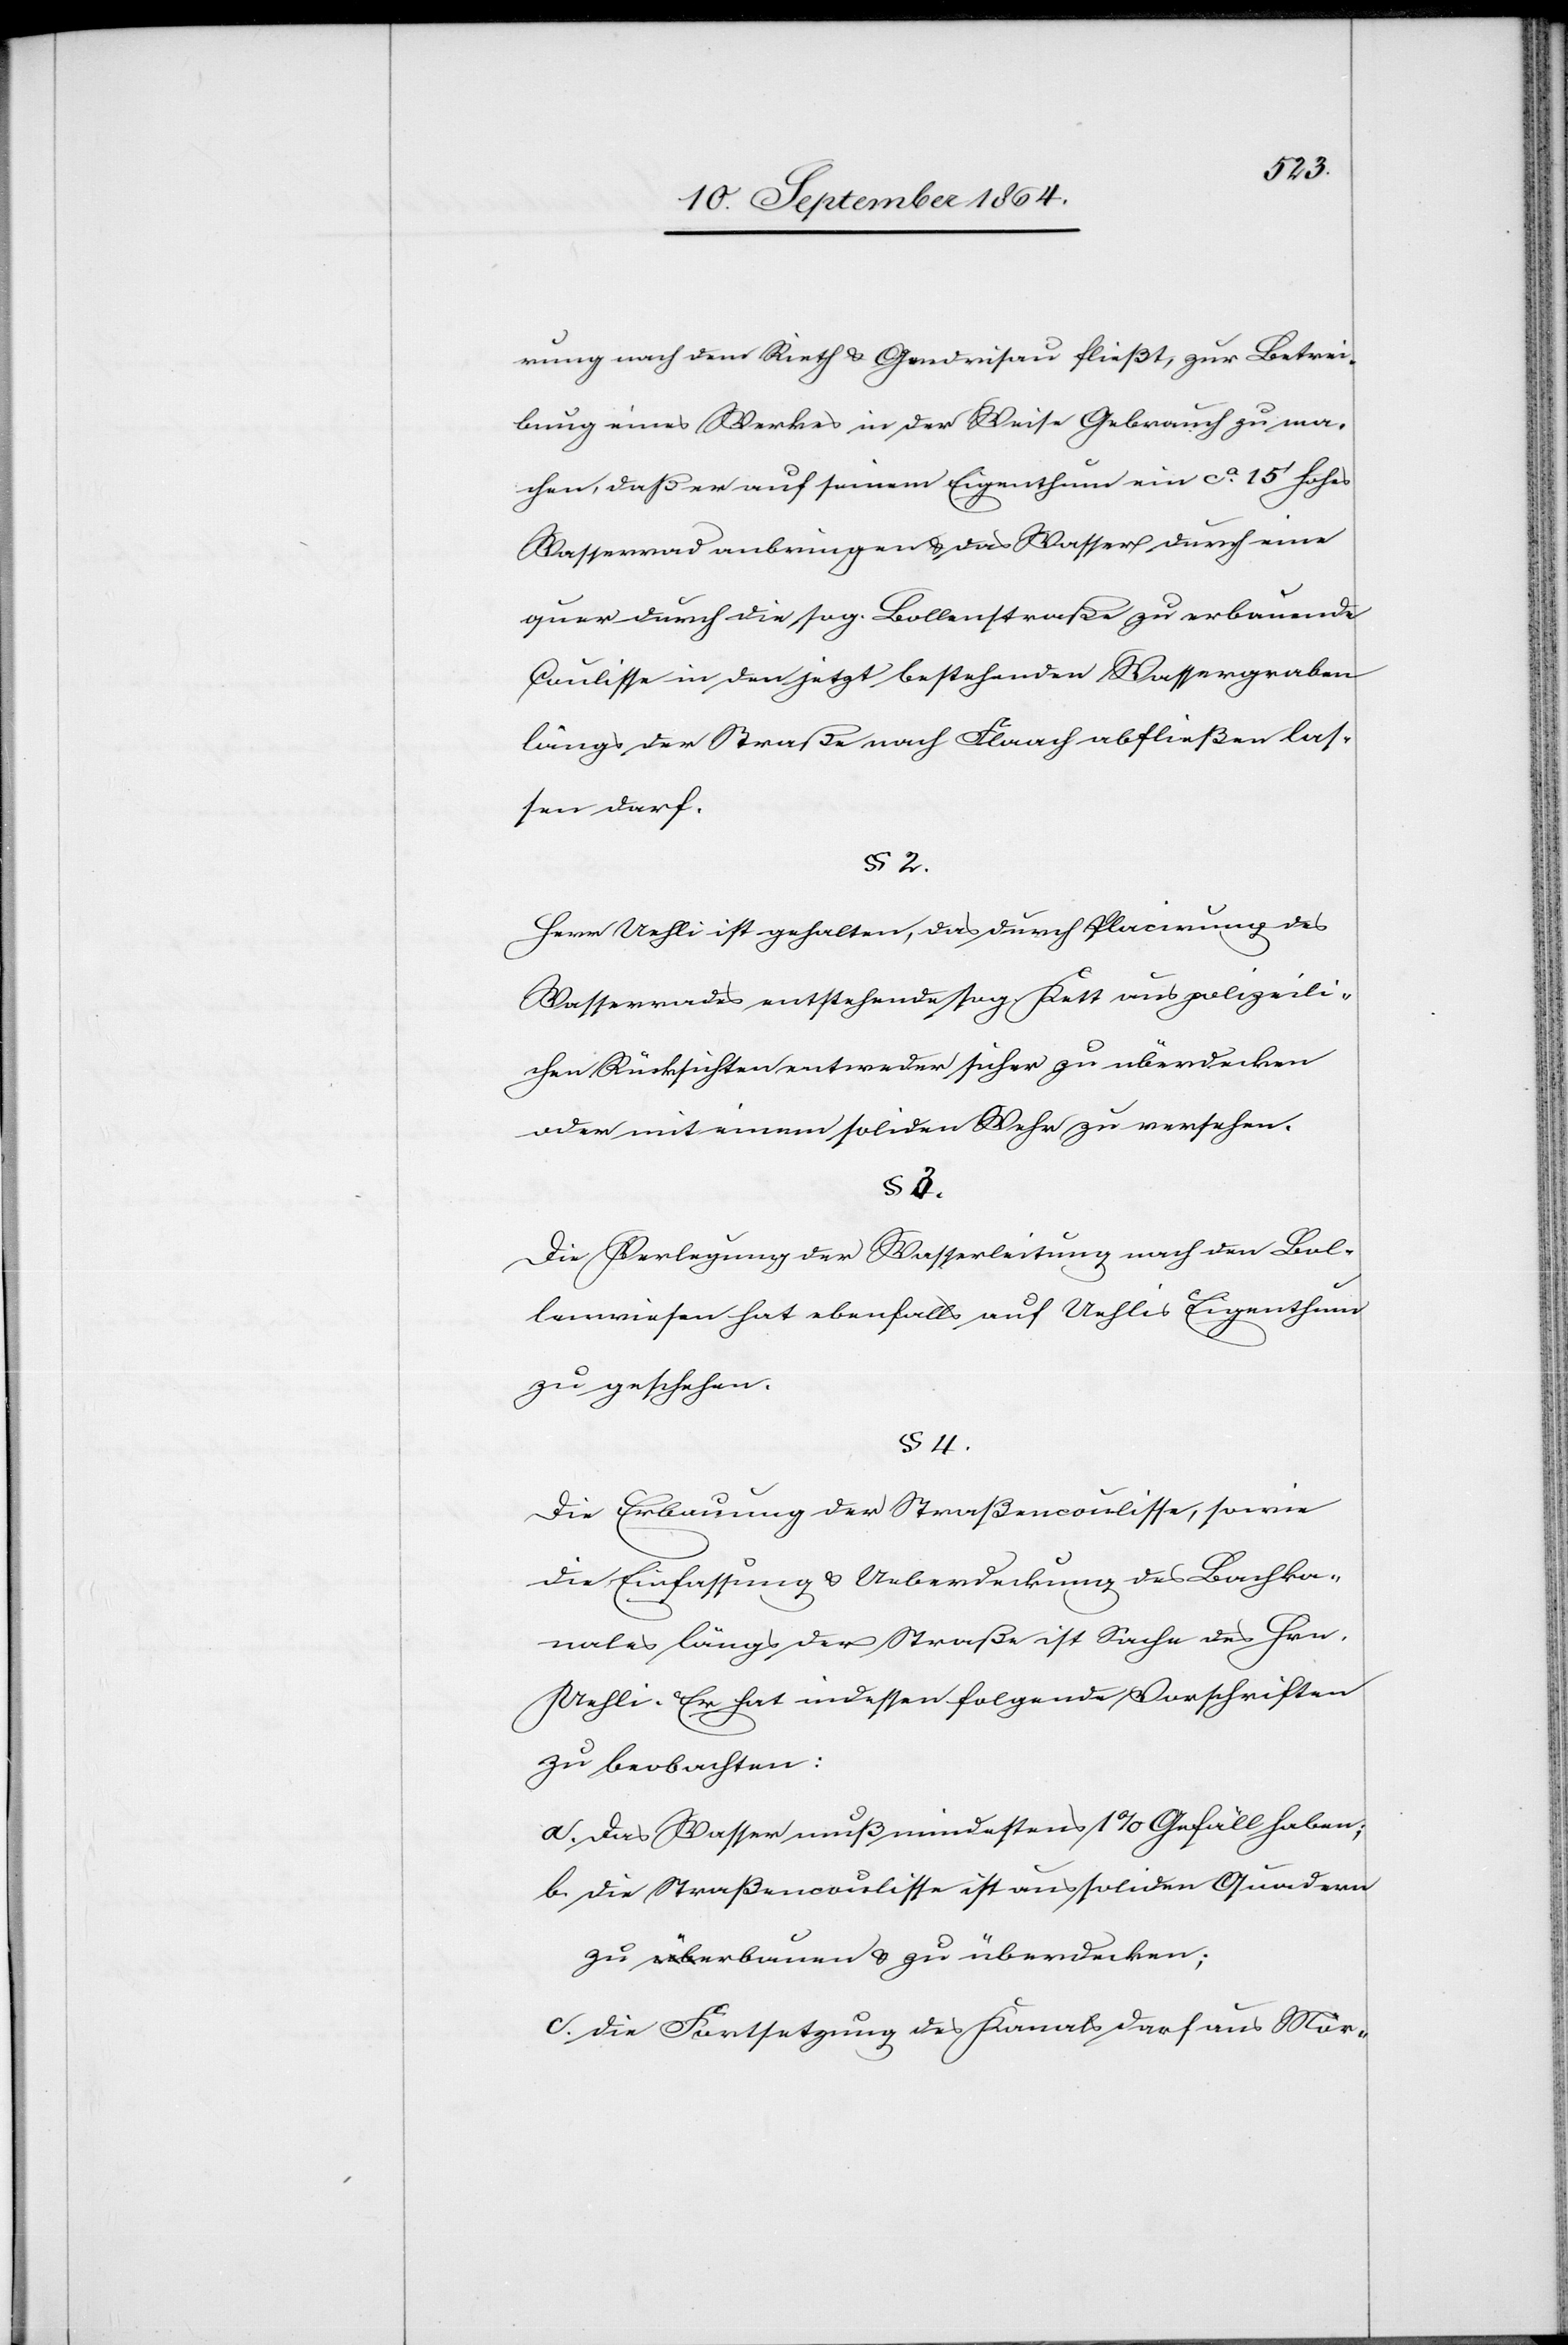
rung nach dem Rieth & Gendrisau fließt, zur Betrei¬
bung eines Werkes in der Weise Gebrauch zu ma¬
chen, daß er auf seinem Eigenthum ein ca. 15’ hohes
Wasserrad anbringen & das Wasser durch eine
quer durch die sog. Bollenstraße zu erbauende
Coulisse in den jetzt bestehenden Wassergraben
längs der Straße nach Flaach abfließen las¬
sen darf.
§ 2.
Herr Uehli ist gehalten, das durch Placirung des
Wasserrades entstehende sog. Kett aus polizeili¬
chen Rücksichten entweder sicher zu überdecken
oder mit einem soliden Wehr zu versehen.
§ 3.
Die Erbauung der Straßencoulisse, sowie
die Einfassung & Ueberdeckung des Bachka¬
nales längs der Straße ist Sache des Hrn.
Uehli. Er hat indessen folgende Vorschriften
zu beachten:
a. das Wasser muß mindestens 1% Gefäll haben;
b. die Straßencoulisse ist aus soliden Quadern
zu überbauen & zu überdecken;
c. die Fortsetzung des Kanals darf aus Mor-